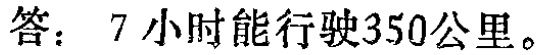
答：7小时能行驶350公里。